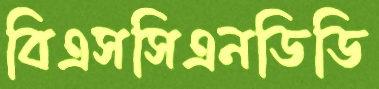
বিএসসিএনডিডি